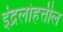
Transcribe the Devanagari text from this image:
इंद्रलोहत्तील